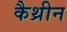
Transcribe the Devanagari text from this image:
कैथ्रीन